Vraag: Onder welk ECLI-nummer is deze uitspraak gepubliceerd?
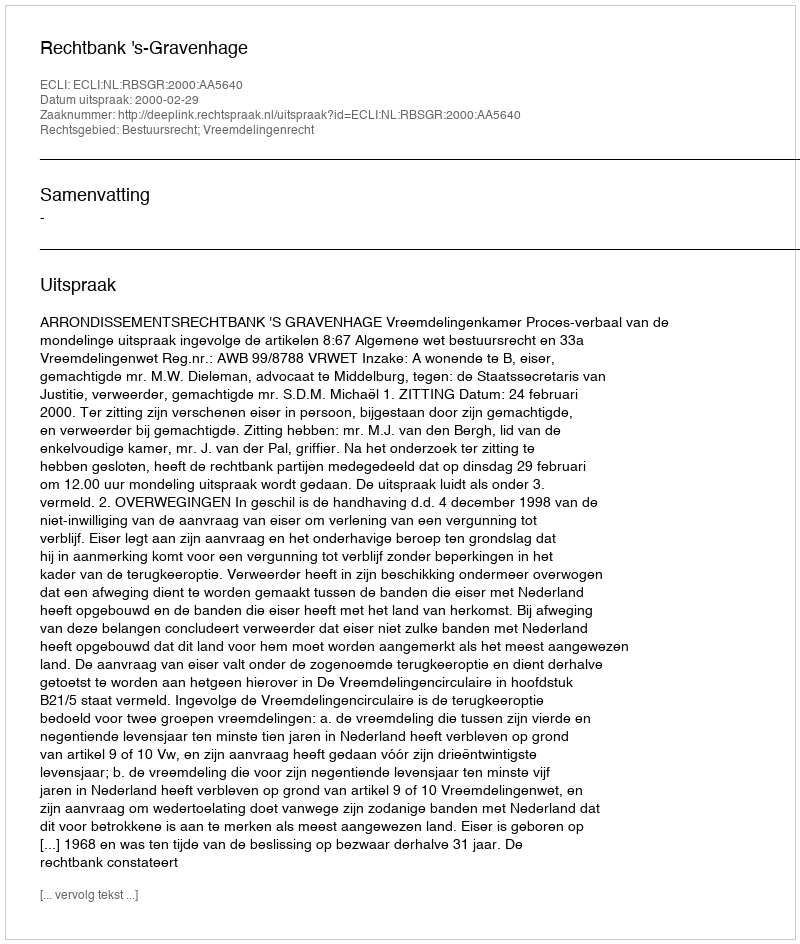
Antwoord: ECLI:NL:RBSGR:2000:AA5640